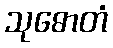
သုဓောတံ